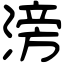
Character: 滂